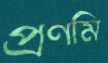
প্রণমি